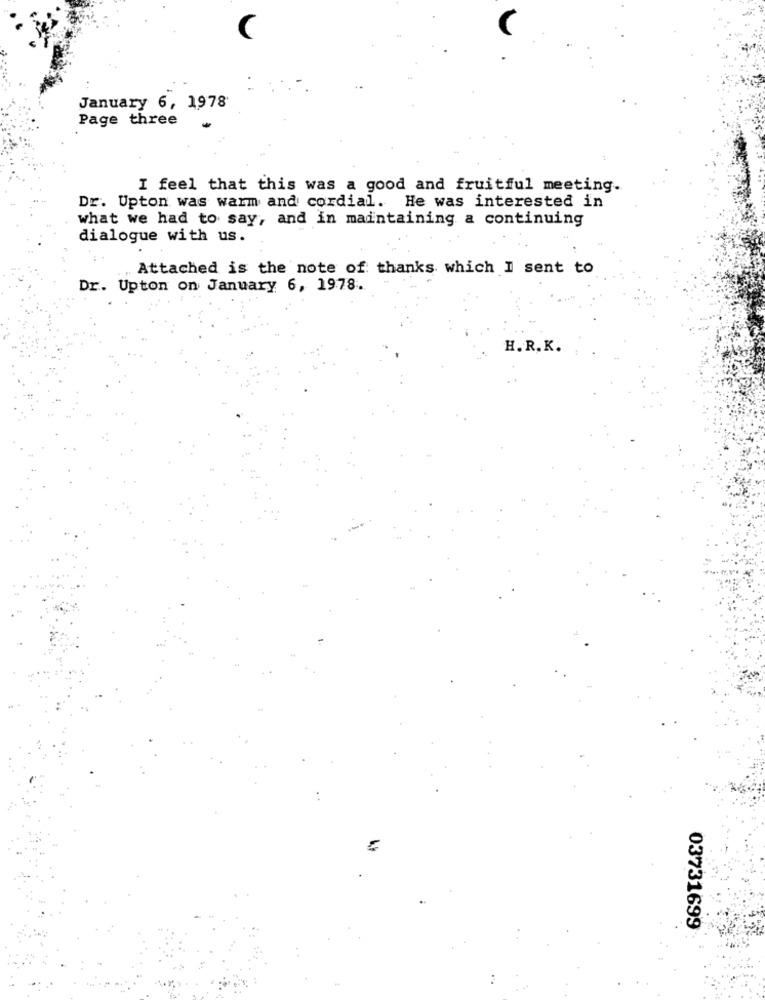
January 6, 1978
Page three
I feel that this was a good and fruitful meeting.
Dr. Upton was warm and cordial. He was interested in
what we had to say, and in maintaining a continuing
dialogue with us.
Attached is the note of thanks which I sent to
Dr. Upton on January 6, 1978.
H.R. K.
03731699